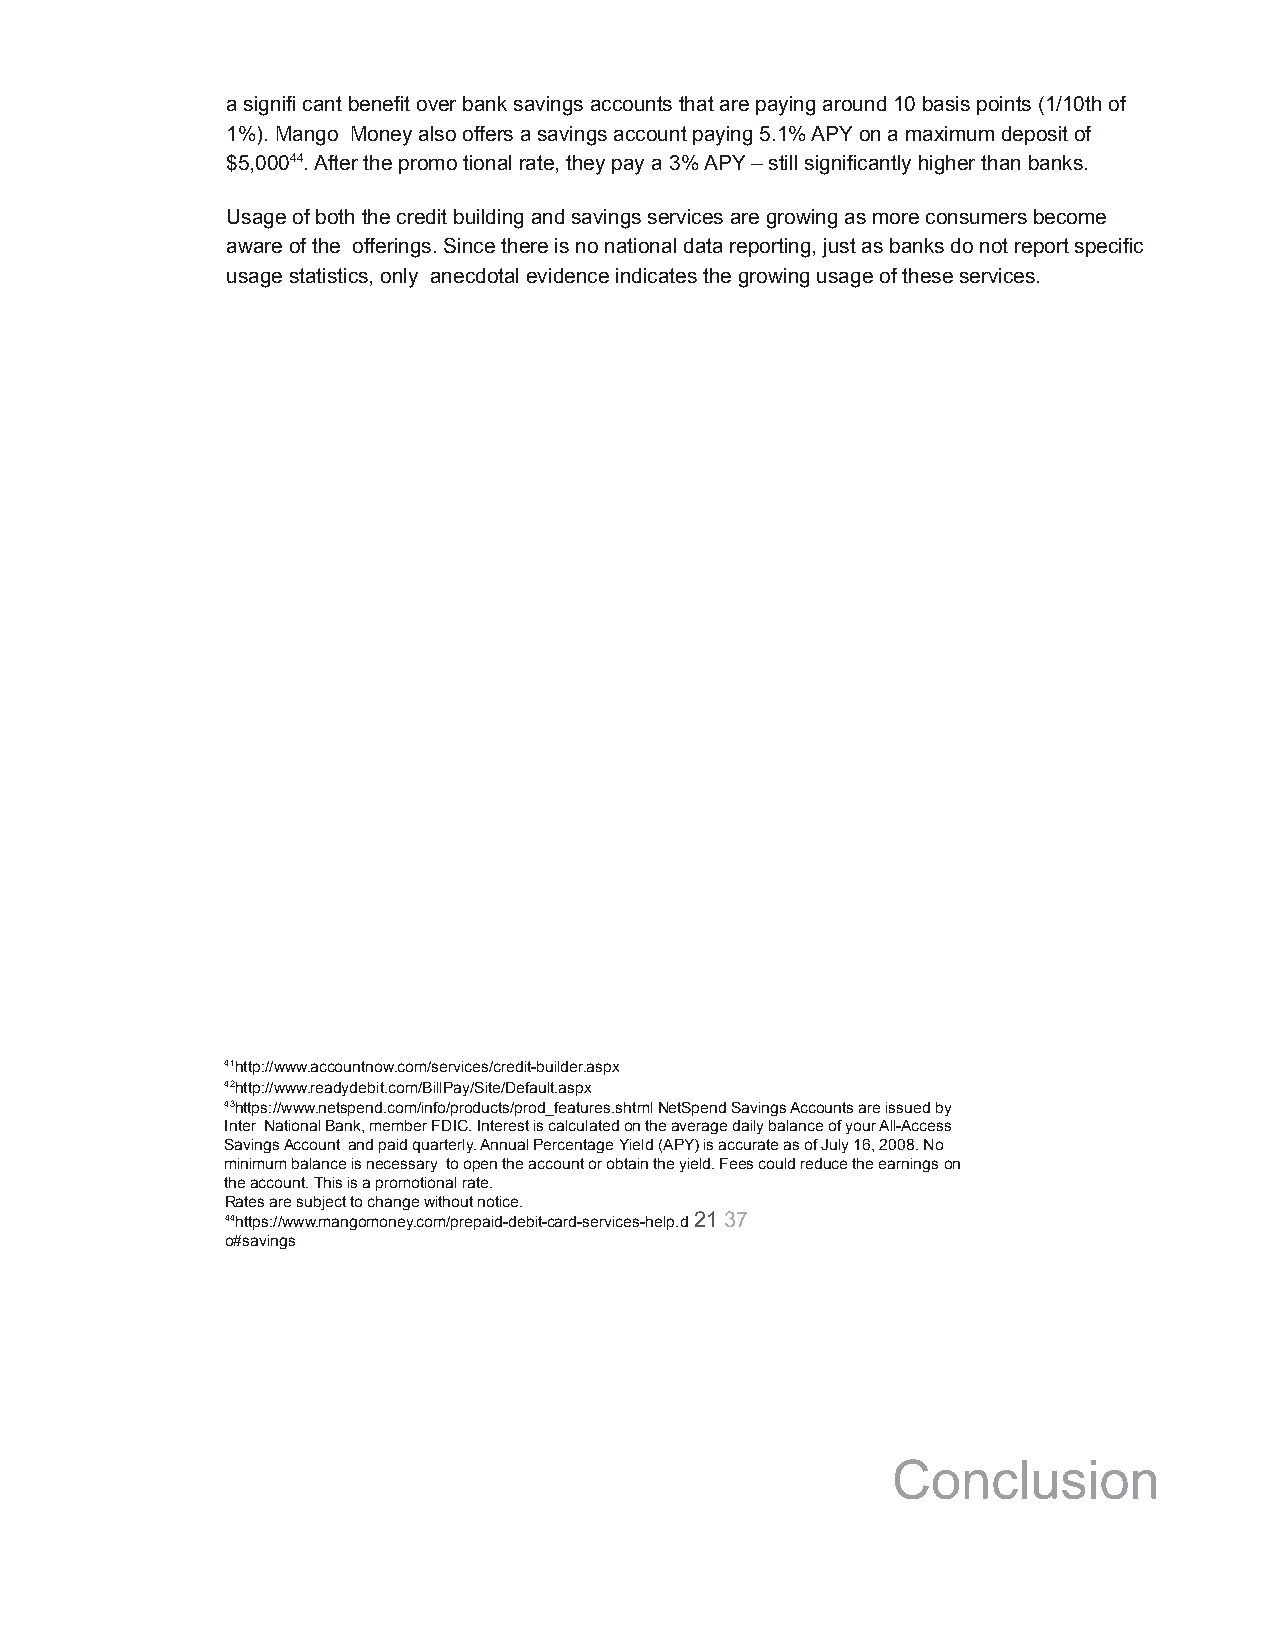
a signifi cant benefit over bank savings accounts that are paying around 10 basis points (1/10th of
 1%). Mango Money also offers a savings account paying5.1% APY on a maximum deposit of
 $5,00044. After the promo tional rate, they pay a 3% APY – still significantly higher than banks.
 Usage of both the credit building and savings servicesare growing as more consumers become
 aware of the offerings. Since there is no nationaldata reporting, just as banks do not report specific
 usage statistics, only anecdotal evidence indicatesthe growing usage of these services.
 41http://www.accountnow.com/services/credit-builder.aspx
 42http://www.readydebit.com/BillPay/Site/Default.aspx
 43https://www.netspend.com/info/products/prod_features.shtmlNetSpend Savings Accounts are issued by
 Inter National Bank, member FDIC. Interest is calculatedon the average daily balance of your All-Access
 Savings Account and paid quarterly. Annual PercentageYield (APY) is accurate as of July 16, 2008. No
 minimum balance is necessary to open the accountor obtain the yield. Fees could reduce the earningson
 the account. This is a promotional rate.
 Rates are subject to change without notice.
 44https://www.mangomoney.com/prepaid-debit-card-services-help.d2137
 o#savings
 RELOADABLE PREPAID CARD
 ANALYSISMARCH, 2011
 BRETTON WOODS, INC.
 Conclusion